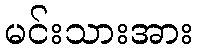
မင်းသားအား